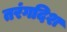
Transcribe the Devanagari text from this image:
तरंगदिश